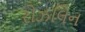
રોઝલિન